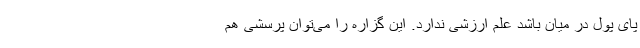
پای پول در میان باشد علم ارزشی ندارد. این گزاره را می‌توان پرسشی هم